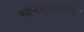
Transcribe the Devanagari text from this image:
सोनकोळ्यांकडून